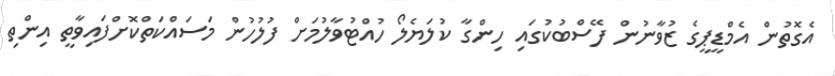
އެގޮތުން އެމްޑީޕީގެ ޒުވާނުން ފޭސްބުކުގައި ހިންގާ ކުލަޔެލޯ ހުއްޓުވާލުމަށް ފުލުހުން މަސައްކަތްކޮށްފައިވާތީ އިންތި